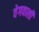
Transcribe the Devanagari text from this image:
वेगवाली